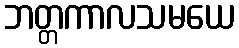
ဘတ္တကာလသမယေ